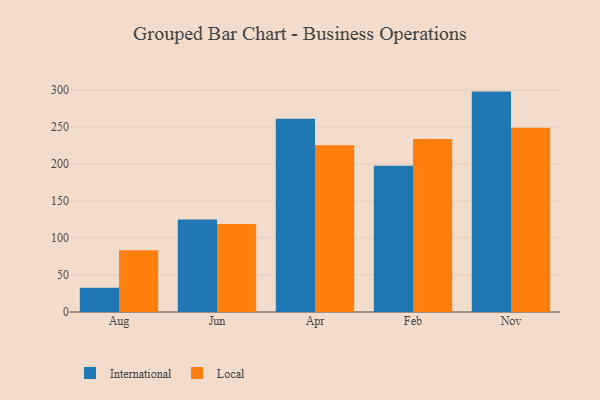
{"axis": {"x": "Month", "y": "Tickets Resolved"}, "legend": ["International", "Local"], "data": [{"x": "Aug", "y": 32.9, "type": "International"}, {"x": "Aug", "y": 83.3, "type": "Local"}, {"x": "Jun", "y": 124.9, "type": "International"}, {"x": "Jun", "y": 118.8, "type": "Local"}, {"x": "Apr", "y": 261.2, "type": "International"}, {"x": "Apr", "y": 225.2, "type": "Local"}, {"x": "Feb", "y": 197.6, "type": "International"}, {"x": "Feb", "y": 233.6, "type": "Local"}, {"x": "Nov", "y": 297.8, "type": "International"}, {"x": "Nov", "y": 249.0, "type": "Local"}]}